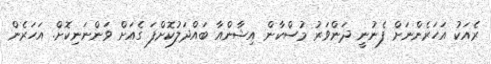
ރެއަކު އަހަރެންނަށް ފެނުނީ ދަންވަރު މުސްކާން އިޝާންއާ ބައްދަލުކޮށްފަ ގެއަށް ވަންނަނިކޮށް. އަހަރެން